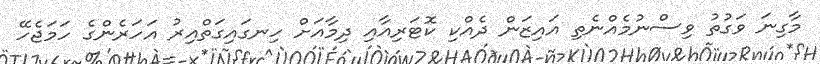
މާގިނަ ވަގުތު ވިސްނުމެއްނެތި އައިޒަން ދެއްކި ކޮޓަރިއާއި ދިމާއަށް ހިނގައިގަތްއިރު އަހަރެންގެ ހަމަޖެހޭ